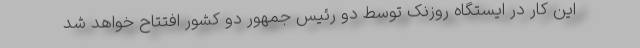
این کار در ایستگاه روزنک توسط دو رئیس جمهور دو کشور افتتاح خواهد شد